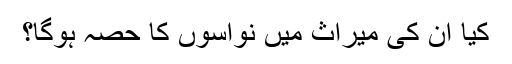
کیا ان کی میراث میں نواسوں کا حصہ ہوگا؟